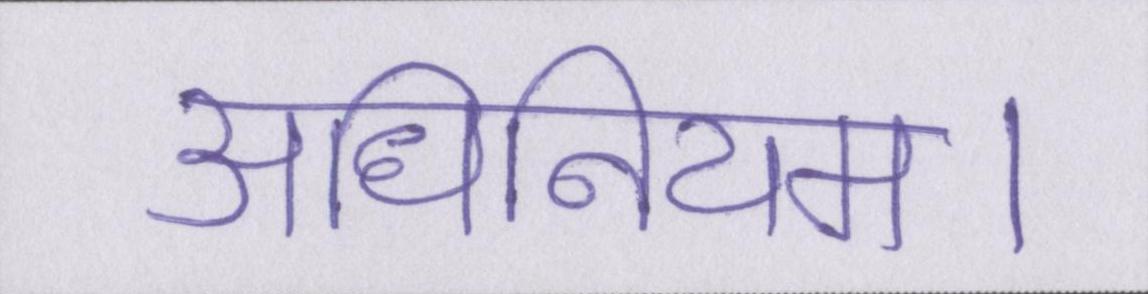
अधिनियम।